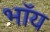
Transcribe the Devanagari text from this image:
भॉय